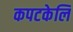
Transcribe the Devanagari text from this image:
कपटकेलि